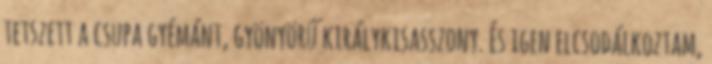
tetszett a csupa gyémánt, gyönyörű királykisasszony. És igen elcsodálkoztam,